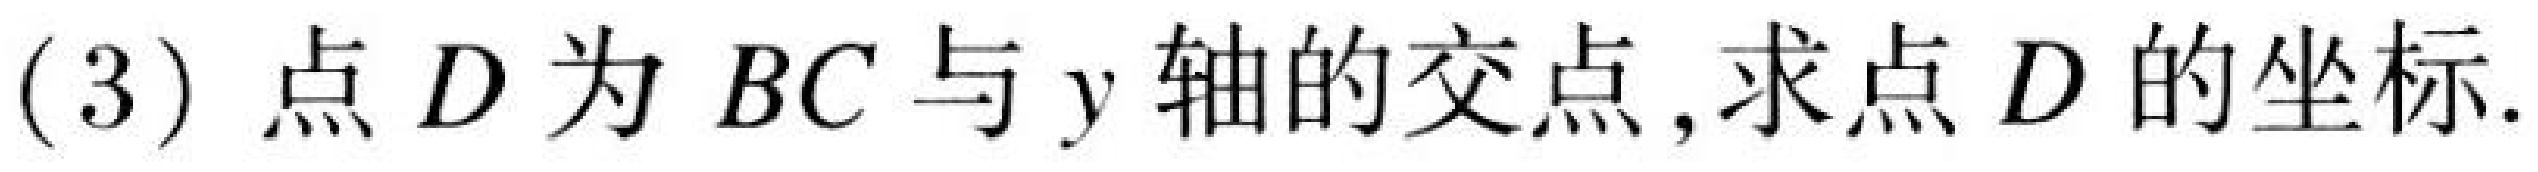
(3) 点$D$为$BC$与$y$轴的交点,求点$D$的坐标.